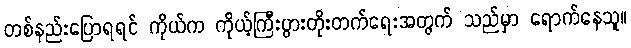
တစ်နည်းပြောရရင် ကိုယ်က ကိုယ့်ကြီးပွားတိုးတက်ရေးအတွက် သည်မှာ ရောက်နေသူ။